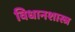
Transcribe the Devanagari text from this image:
विधानशास्त्र